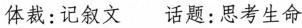
体裁:记叙文 话题:思考生命